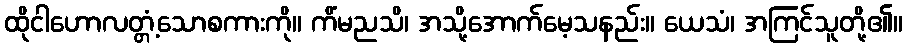
ထိုငါဟောလတ္တံ့သောစကားကို။ ကိံမညသိ၊ အသို့အောက်မေ့သနည်း။ ယေသံ၊ အကြင်သူတို့၏။